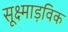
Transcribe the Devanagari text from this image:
सूक्ष्माड़विक